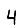
Digit: 4